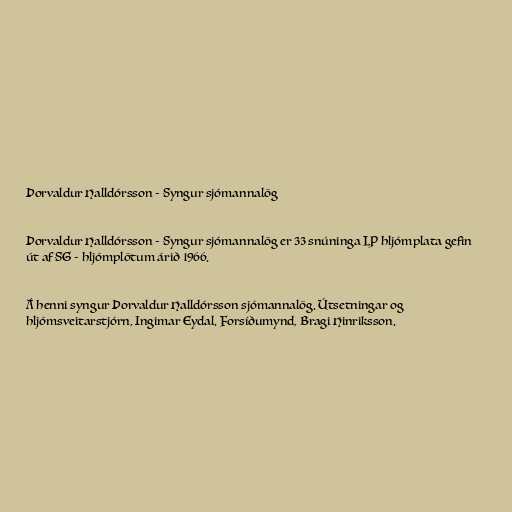
Þorvaldur Halldórsson - Syngur sjómannalög

Þorvaldur Halldórsson - Syngur sjómannalög er 33 snúninga LP hljómplata gefin
út af SG - hljómplötum árið 1966.

Á henni syngur Þorvaldur Halldórsson sjómannalög. Útsetningar og
hljómsveitarstjórn, Ingimar Eydal. Forsíðumynd, Bragi Hinriksson.